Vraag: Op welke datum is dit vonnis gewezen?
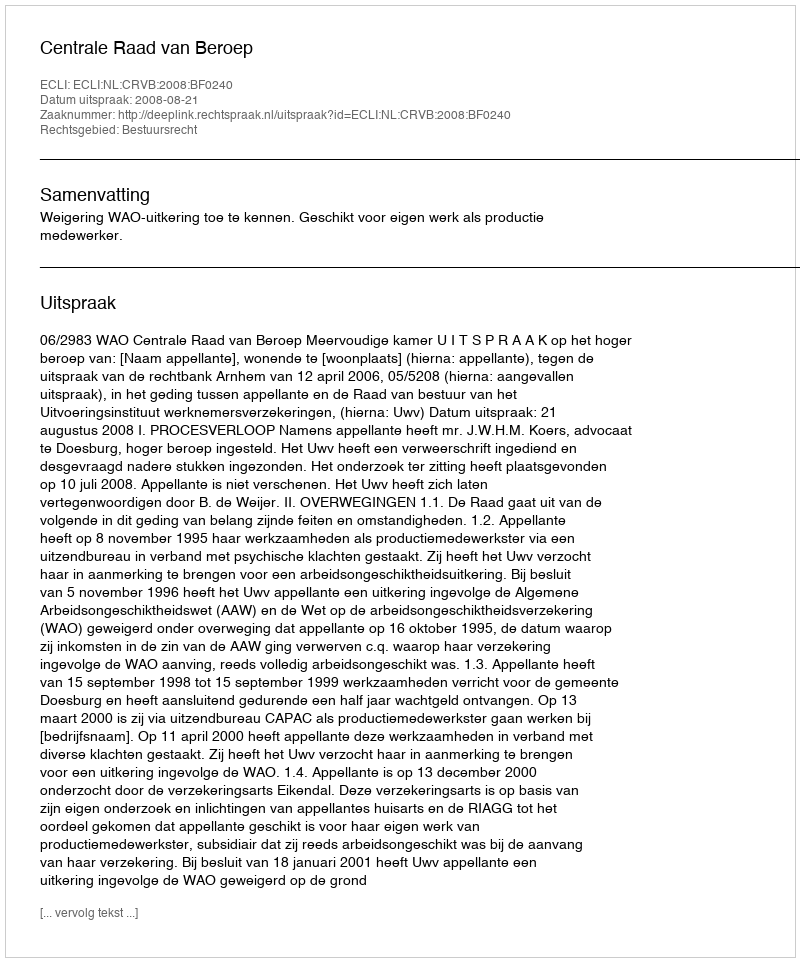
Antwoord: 2008-08-21